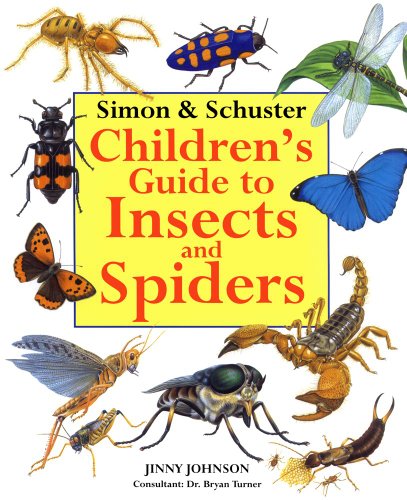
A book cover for Simon & Schuster Children's Guide to Insects and Spiders; Jinny Johnson; Children's Books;